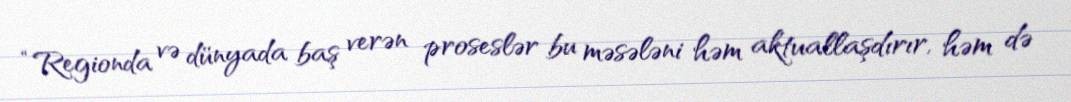
“Regionda və dünyada baş verən proseslər bu məsələni həm aktuallaşdırır, həm də